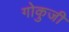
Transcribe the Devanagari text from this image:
गोकुजी